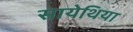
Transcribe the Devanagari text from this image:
सायेथिया